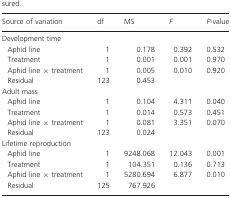
<table><thead><tr><td><b>Source of variation</b></td><td><b>df</b></td><td><b>MS</b></td><td><b><i>F</i></b></td><td><b><i>P-</i>value</b></td></tr></thead><tbody><tr><td colspan="5">Development time</td></tr><tr><td> Aphid line</td><td>1</td><td>0.178</td><td>0.392</td><td>0.532</td></tr><tr><td> Treatment</td><td>1</td><td>0.001</td><td>0.001</td><td>0.970</td></tr><tr><td> Aphid line × treatment</td><td>1</td><td>0.005</td><td>0.010</td><td>0.920</td></tr><tr><td> Residual</td><td>123</td><td>0.453</td><td></td><td></td></tr><tr><td colspan="5">Adult mass</td></tr><tr><td> Aphid line</td><td>1</td><td>0.104</td><td>4.311</td><td>0.040</td></tr><tr><td> Treatment</td><td>1</td><td>0.014</td><td>0.573</td><td>0.451</td></tr><tr><td> Aphid line × treatment</td><td>1</td><td>0.081</td><td>3.351</td><td>0.070</td></tr><tr><td> Residual</td><td>123</td><td>0.024</td><td></td><td></td></tr><tr><td colspan="5">Lifetime reproduction</td></tr><tr><td> Aphid line</td><td>1</td><td>9248.068</td><td>12.043</td><td>0.001</td></tr><tr><td> Treatment</td><td>1</td><td>104.351</td><td>0.136</td><td>0.713</td></tr><tr><td> Aphid line × treatment</td><td>1</td><td>5280.694</td><td>6.877</td><td>0.010</td></tr><tr><td> Residual</td><td>125</td><td>767.926</td><td></td><td></td></tr></tbody></table>